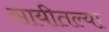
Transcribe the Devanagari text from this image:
सायीतल्या